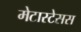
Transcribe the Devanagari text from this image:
मेटास्टेसस